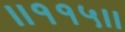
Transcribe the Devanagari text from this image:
।।११५।।